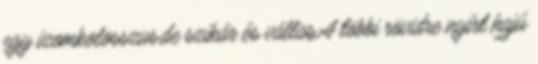
egy izomkolosszus,de szikár és vállas.A többi rövidre nyírt hajú